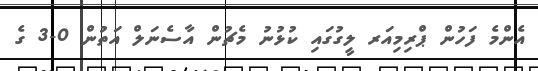
އެންމެ ފަހުން ޕްރިމިއަރ ލީގުގައި ކުޅުނު މެޗުން އާސެނަލް އަތުން 0-3 ގެ